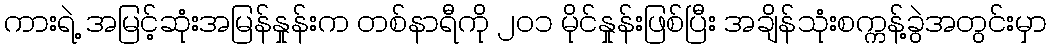
ကားရဲ့ အမြင့်ဆုံးအမြန်နှုန်းက တစ်နာရီကို ၂၀၁ မိုင်နှုန်းဖြစ်ပြီး အချိန်သုံးစက္ကန့်ခွဲအတွင်းမှာ